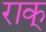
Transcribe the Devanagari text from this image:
राक्‌